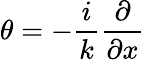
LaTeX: \theta=-\frac{i}{k}\frac{\partial}{\partial x}